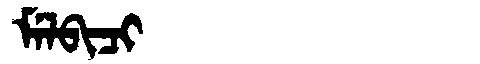
Manchu: ᠮᡝᠯᠪᡳᠴᡳ
Romanization: MELBICI